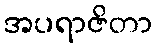
အပရာဇိတာ